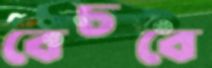
বেচবে